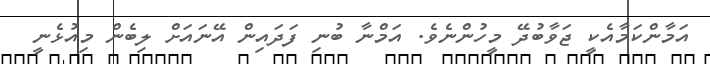
އަމާންކަމާއެކީ ޖަވާބުދޭ މީހުންނެވެ. އަމްނާ ބުނި ފަދައިން އޭނައަށް ލިބެން މިއުޅެނީ